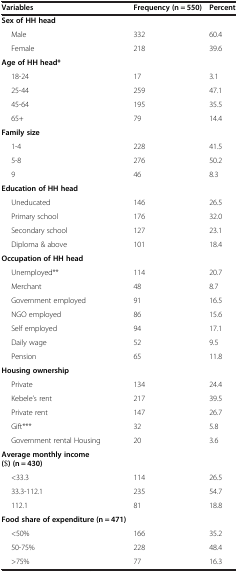
<table><thead><tr><td><b>Variables</b></td><td><b>Frequency (n = 550)</b></td><td><b>Percent</b></td></tr></thead><tbody><tr><td><b>Sex of HH head</b></td><td> </td><td> </td></tr><tr><td>Male</td><td>332</td><td>60.4</td></tr><tr><td>Female</td><td>218</td><td>39.6</td></tr><tr><td><b>Age of HH head</b><b>*</b></td><td> </td><td> </td></tr><tr><td>18-24</td><td>17</td><td>3.1</td></tr><tr><td>25-44</td><td>259</td><td>47.1</td></tr><tr><td>45-64</td><td>195</td><td>35.5</td></tr><tr><td>65+</td><td>79</td><td>14.4</td></tr><tr><td><b>Family size</b></td><td> </td><td> </td></tr><tr><td>1-4</td><td>228</td><td>41.5</td></tr><tr><td>5-8</td><td>276</td><td>50.2</td></tr><tr><td>9</td><td>46</td><td>8.3</td></tr><tr><td><b>Education of HH head</b></td><td> </td><td> </td></tr><tr><td>Uneducated</td><td>146</td><td>26.5</td></tr><tr><td>Primary school</td><td>176</td><td>32.0</td></tr><tr><td>Secondary school</td><td>127</td><td>23.1</td></tr><tr><td>Diploma &amp; above</td><td>101</td><td>18.4</td></tr><tr><td><b>Occupation of HH head</b></td><td> </td><td> </td></tr><tr><td>Unemployed**</td><td>114</td><td>20.7</td></tr><tr><td>Merchant</td><td>48</td><td>8.7</td></tr><tr><td>Government employed</td><td>91</td><td>16.5</td></tr><tr><td>NGO employed</td><td>86</td><td>15.6</td></tr><tr><td>Self employed</td><td>94</td><td>17.1</td></tr><tr><td>Daily wage</td><td>52</td><td>9.5</td></tr><tr><td>Pension</td><td>65</td><td>11.8</td></tr><tr><td><b>Housing ownership</b></td><td> </td><td> </td></tr><tr><td>Private</td><td>134</td><td>24.4</td></tr><tr><td>Kebele’s rent</td><td>217</td><td>39.5</td></tr><tr><td>Private rent</td><td>147</td><td>26.7</td></tr><tr><td>Gift***</td><td>32</td><td>5.8</td></tr><tr><td>Government rental Housing</td><td>20</td><td>3.6</td></tr><tr><td><b>Average monthly income ($) (n = 430)</b></td><td> </td><td> </td></tr><tr><td>&lt;33.3</td><td>114</td><td>26.5</td></tr><tr><td>33.3-112.1</td><td>235</td><td>54.7</td></tr><tr><td>112.1</td><td>81</td><td>18.8</td></tr><tr><td><b>Food share of expenditure (n = 471)</b></td><td> </td><td> </td></tr><tr><td>&lt;50%</td><td>166</td><td>35.2</td></tr><tr><td>50-75%</td><td>228</td><td>48.4</td></tr><tr><td>&gt;75%</td><td>77</td><td>16.3</td></tr></tbody></table>